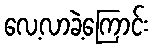
လေ့လာခဲ့ကြောင်း